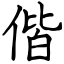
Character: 偕